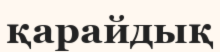
қарайдық